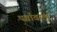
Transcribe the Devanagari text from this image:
पर्वावरण